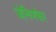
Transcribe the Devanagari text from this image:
जेनिफ्फेर